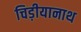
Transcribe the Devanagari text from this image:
चिड़ीयानाथ